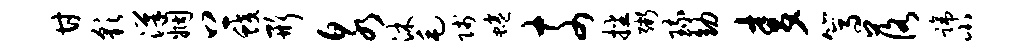
甘彩汉姻上蛟形泉沐毛贱蜷奈播粥琉幼麦篙落蹄小